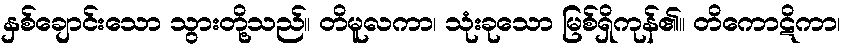
နှစ်ချောင်းသော သွားတို့သည်။ တိမူလကာ၊ သုံးခုသော မြစ်ရှိကုန်၏။ တိကောဋိကာ၊